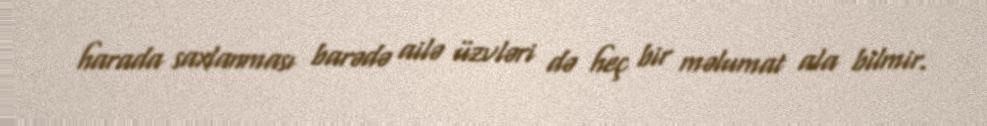
harada saxlanması barədə ailə üzvləri də heç bir məlumat ala bilmir.